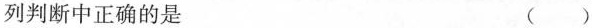
列判断中正确的是 ()